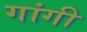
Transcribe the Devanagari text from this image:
गांगी